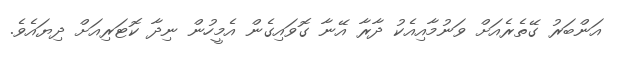
އަންބަރު ގޭތެރެއަށް ވަނުމާއިއެކު ދާރާ އޭނާ ގޮވައިގެން އެމީހުން ނިދާ ކޮޓަރިއަށް ދިޔައެވެ.